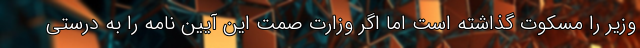
وزیر را مسکوت گذاشته است اما اگر وزارت صمت این آیین نامه را به درستی